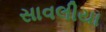
સાવલીયા